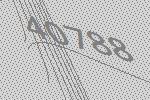
40788